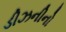
ડીઝનીનો